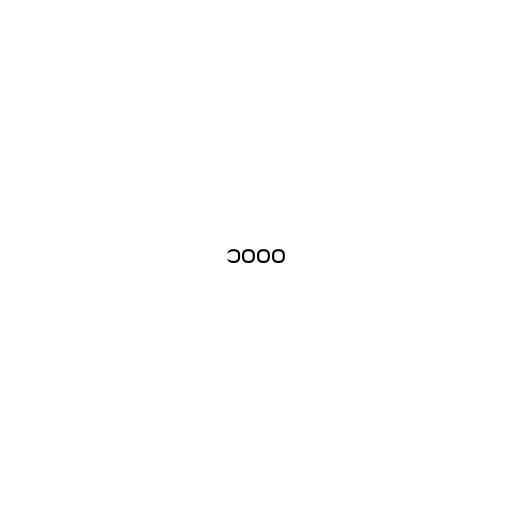
၁၀၀၀